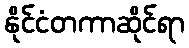
နိုင်ငံတကာဆိုင်ရာ